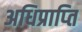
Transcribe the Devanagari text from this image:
अधिप्राप्‍ति